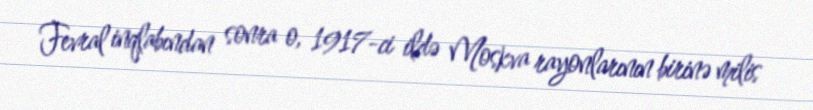
Fevral inqlabından sonra o, 1917-ci ildə Moskva rayonlarının birinə milis